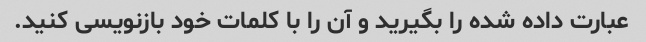
عبارت داده شده را بگیرید و آن را با کلمات خود بازنویسی کنید.